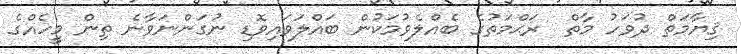
ޤިޔާމަތް ދުވަހު މާތް  ރަޙްމަތުގެ ބެއްލެވުމަކުން ބައްލަވައިވޮޑި ނުގަންނަވާނެ ތިން މީހެއްގެ